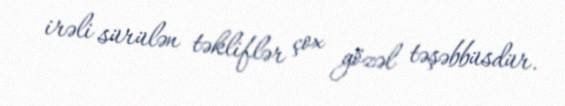
irəli sürülən təkliflər çox gözəl təşəbbüsdür.